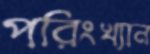
পরিংখ্যান